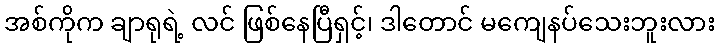
အစ်ကိုက ချာရုရဲ့ လင် ဖြစ်နေပြီရှင့်၊ ဒါတောင် မကျေနပ်သေးဘူးလား